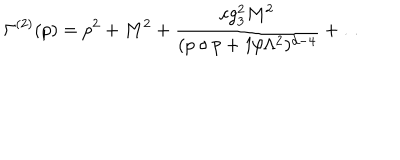
LaTeX: \Gamma ^ { ( 2 ) } ( p ) = p ^ { 2 } + M ^ { 2 } + { \frac { c g _ { 3 } ^ { 2 } M ^ { 2 } } { ( p \circ p + 1 / \Lambda ^ { 2 } ) ^ { d - 4 } } } + \ldots